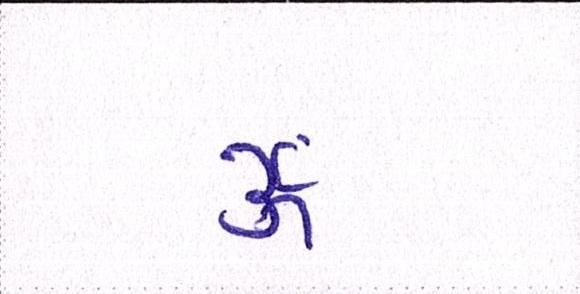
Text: ૐ